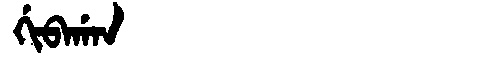
Manchu: ᡤᡳᠪᠠᡤᠠᠨ
Romanization: GIBAGAN